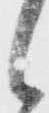
候